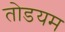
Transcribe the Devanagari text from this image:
तोडयम